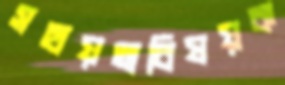
সহায়তাবিষয়ক